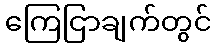
ကြေငြာချက်တွင်